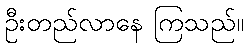
ဦးတည်လာနေ ကြသည်။